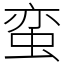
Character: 蛮